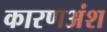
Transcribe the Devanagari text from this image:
कारणअंश